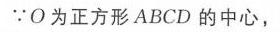
$\because O$为正方形$ABCD$的中心，